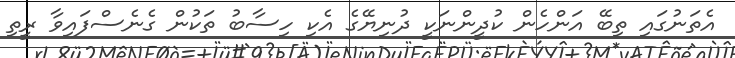
އެތަނުގައި ތިބޭ އަންހެން ކުދީންނަކީ ދުނިޔޭގެ އެކި ހިސާބު ތަކުން ގެނެސްފައިވާ ރީތި